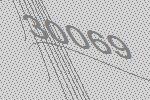
30069